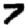
Digit: 7